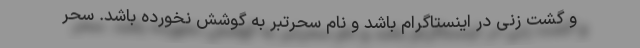
و گشت زنی در اینستاگرام باشد و نام سحرتبر به گوشش نخورده باشد. سحر